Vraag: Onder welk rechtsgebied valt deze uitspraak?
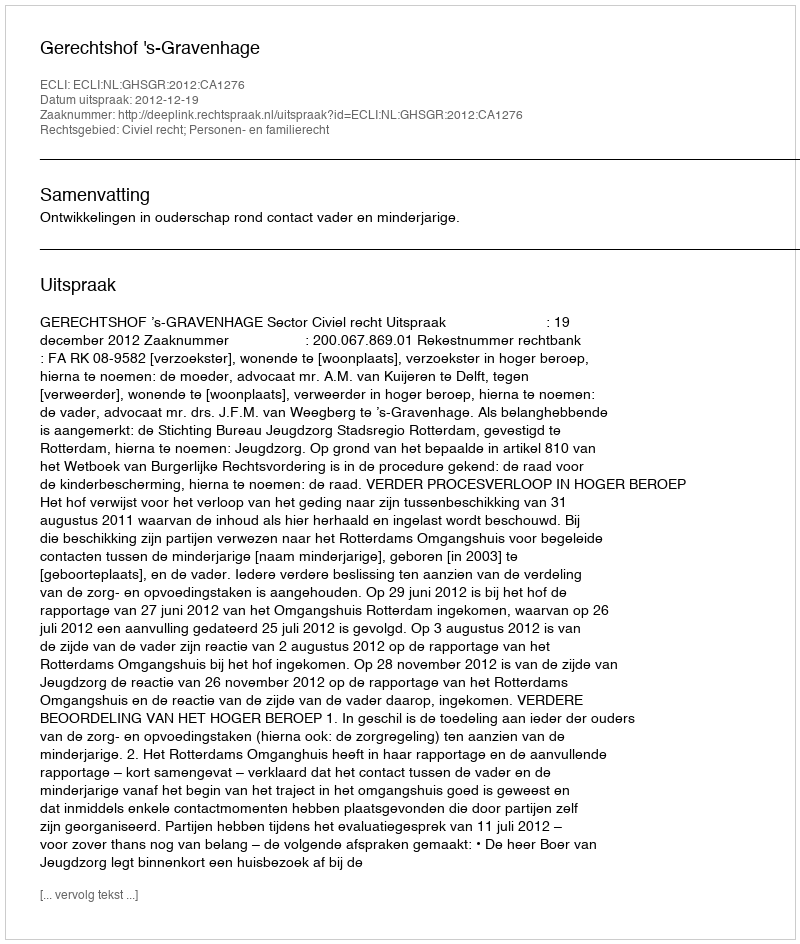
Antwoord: Civiel recht; Personen- en familierecht